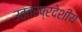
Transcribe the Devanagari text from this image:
उत्तरप्रदेशीय